Medical and sanitary report of the native army of Bengal for the year
Year: 1877
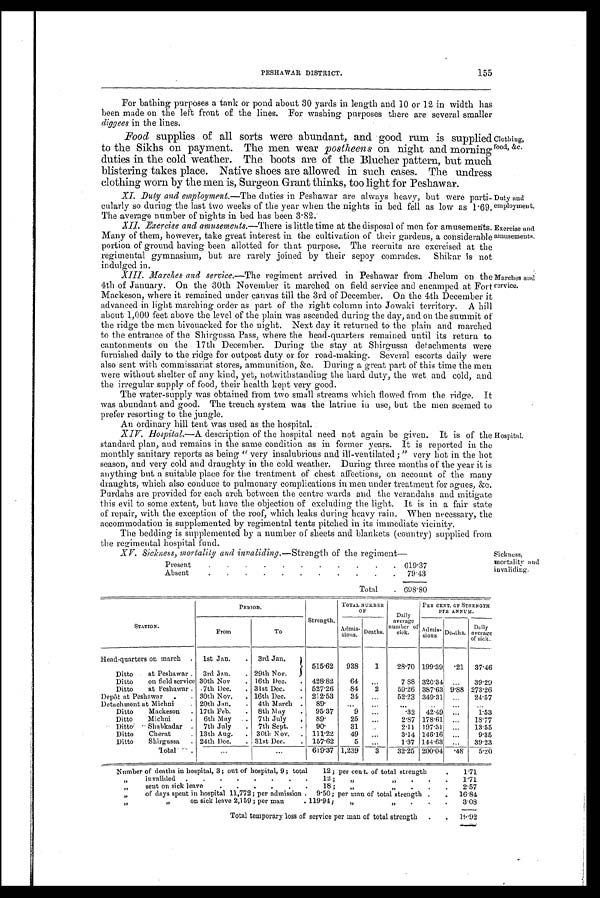
155
PESHAWAR DISTRICT.
For bathing purposes a tank or pond about 30 yards in length and 10 or 12 in width has
been made on the left front of the lines. For washing purposes there are several smaller
diggees in the lines.
Food supplies of all sorts were abundant, and good rum is supplied
to the Sikhs on payment. The men wear postheens on night and morning
duties in the cold weather. The boots are of the Blucher pattern, but much
blistering takes place. Native shoes are allowed in such cases. The undress
clothing worn by the men is, Surgeon Grant thinks, too light for Peshawar.
XI. Duly and employment,—The duties in Peshawar are always heavy, but were parti-
cularly so during the last two weeks of the year when the nights in bed fell as low as 1.69.
The average number of nights in bed has been 3.82.
XII. Exercise and amusements.— There is little time at the disposal of men for amusements.
Many of them, however, take great interest in the cultivation of their gardens, a considerable
portion of ground having been allotted for that purpose. The recruits are exercised at the
regimental gymnasium, but are rarely joined by their sepoy comrades. Shikar is not
indulged in.
XIII. Marches and service.— The regiment arrived in Peshawar from Jhelum on the
4th of January. On the 30th November it marched on field service and encamped at Fort
Mackeson, where it remained under canvas till the 3rd of December. On the 4th December it
advanced in light marching order as part of the right column into Jowaki territory. A hill
about 1,000 feet above the level of the plain was ascended during the day, and on the summit of
the ridge the men bivouacked for the night. Next day it returned to the plain and marched
to the entrance of the Shirgussa Pass, where the head-quarters remained until its return to
cantonments on the 17th December. During the stay at Shirgussa detachments were
furnished daily to the ridge for outpost duty or for road-making. Several escorts daily were
also sent with commissariat stores, ammunition, &c. During a great part of this time the men
were without shelter of any kind, yet, notwithstanding the hard duty, the wet and cold, and
the irregular supply of food, their health kept very good.
The water-supply was obtained from two small streams which flowed from the ridge. It
was abundant and good. The trench system was the latrine in use, but the men seemed to
prefer resorting to the jungle.
An ordinary bill tent was used as the hospital.
XIV. Hospital.—A description of the hospital need not again be given. It is of the
standard plan, and remains in the same condition as in former years. It is reported in the
monthly sanitary reports as being "very insalubrious and ill-ventilated ;" very hot in the hot
season, and very cold and draughty in the cold weather. During three months of the year it is
anything but a suitable place for the treatment of chest affections, on account of the many
draughts, which also conduce to pulmonary complications in men under treatment for agues, &c.
Purdahs are provided for each arch between the centre wards and the verandahs and mitigate
this evil to some extent, but have the objection of excluding the light. It is in a fair state
of repair, with the exception of the roof, which leaks during heavy rain. When necessary, the
accommodation is supplemented by regimental tents pitched in its immediate vicinity.
The bedding is supplemented by a number of sheets and blankets (country) supplied from
the regimental hospital fund.
Clothing,
food, &c.
Duty and
employment.
Exercise and
amusements.
Marches and
Service,
Hospital.
•
XV. Sickness, mortality and invaliding.—Strength of the regiment—
Present
.
.
.
.
.
.
.
.
.
.
. 619.37
Absent
.
.
.
.
.
.
.
.
.
.
.
79.43
Total
. 098.80
Sickness,
mortality and
invaliding.
STATION.
PERIOD.
Strength,
TOTAL NUMBER
OF
Daily average number of Sick.
PER CENT. OF STRENGTH
PER ANNUM.
From
To
Admis -
sions.
Deaths.
Admis-
sions.
Deaths.
Daily
average
of sick.
Head-quarters on march
.
1st Jan.
.
3rd Jan,
.
515.62
938
1
28.70 199.39
.21
3 7 . 4 6
Ditto
at Peshawar .
3rd Jan.
. 29th Nov.
.
Ditto
on field service 30th Nov
. 16th Dec.
.
428.82
64
...
7 .88 320.34
...
39.29
Ditto
at Peshawar .
7th Dec.
, 31st Dec.
.
527.26
84
2
59.26 387 . 63 9.88 273.26
DepOt at Peshawar
.
. 30th Nov.
, 16th Dec.
.
212. 53
34
...
52.23 349 . 31
...
24.57
Detachment at Michni
. 20th Jan.
.
4th March .
89.
. . .
. . .
. . .
...
...
...
Ditto
Mackeson
. 17th Feb.
.
8th May
.
9537
...
.32
42.49
...
1.53
Ditto
Michni
. 6th May
7th July
,
89 .
25
...
2.87 178.61
...
18.77
Ditto
Shabkadar .
7th July
.
7th Sept.
.
90.
31
. . .
2.11 197.31
...
13.55
Ditto
Cherat
. 13th Aug.
. 30th Nov.
.
111.22
49
...
3.14 146.16
...
9.35
Ditto
Shirgussa
. 24th Dec.
. 31st Dec.
.
157.62
5
...
1.37 144.63
...
39.23
T o t a l .
...
I...
619.37 1,239
3
32.25 200.04
48
5.20
Number of deaths in hospital, 3; out of hospital, 9; total
12 ; per cent. of total strength
.
1.71
„
invalided
.
.
.
.
.
.
.
.
12 ;
„ „
.
.
.
1.71
„
sent on sick leave
.
.
.
.
.
.
18 ;
„ „
. .
. 2.57
„
of days spent in hospital 11,772; per admission . 9.50; per man of total strength .
. 16.84
„ „
on sick leave 2,159; per man
. 119.94;
,,
„
. .
. 3.08
Total temporary loss of service per man of total strength
.
.
19.92